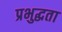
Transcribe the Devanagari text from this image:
प्रभुद्धता